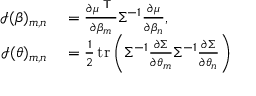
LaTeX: \begin{array} { r l } { { \mathcal { I } } { ( \beta ) _ { m , n } } } & { { } = { \frac { \partial \mu ^ { \textsf { T } } } { \partial \beta _ { m } } } \Sigma ^ { - 1 } { \frac { \partial \mu } { \partial \beta _ { n } } } , } \\ { { \mathcal { I } } { ( \theta ) _ { m , n } } } & { { } = { \frac { 1 } { 2 } } \operatorname { t r } \left( \Sigma ^ { - 1 } { \frac { \partial \Sigma } { \partial \theta _ { m } } } { \Sigma ^ { - 1 } } { \frac { \partial \Sigma } { \partial \theta _ { n } } } \right) } \end{array}